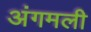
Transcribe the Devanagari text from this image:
अंगमली